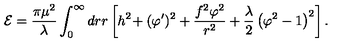
{ \cal E } = { \frac { \pi \mu ^ { 2 } } { \lambda } } \int _ { 0 } ^ { \infty } d r r \left[ h ^ { 2 } \! + ( \varphi ^ { \prime } ) ^ { 2 } + { \frac { f ^ { 2 } \varphi ^ { 2 } } { r ^ { 2 } } } + { \frac { \lambda } { 2 } } \left( \varphi ^ { 2 } - 1 \right) ^ { 2 } \right] .